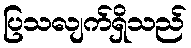
ပြသလျက်ရှိသည်